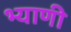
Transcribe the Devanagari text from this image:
भ्याणी